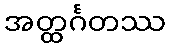
အတ္ထင်္ဂတဿ